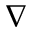
\nabla